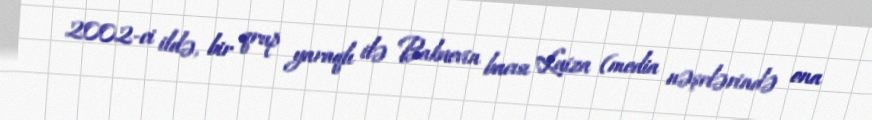
2002-ci ildə, bir qrup yaraqlı ilə Bakuevin bacısı Luiza (media nəşrlərində ona